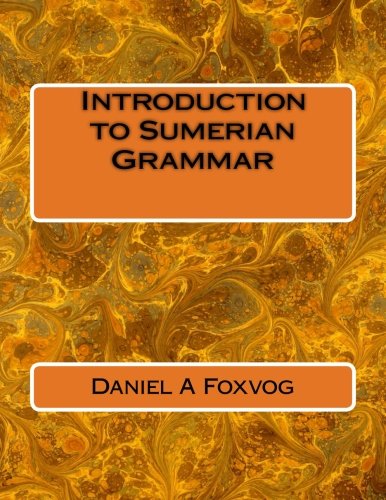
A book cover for Introduction to Sumerian Grammar; Daniel A Foxvog; History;